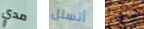
مدي أتسلل طفلا